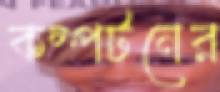
কম্পটনের